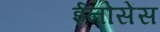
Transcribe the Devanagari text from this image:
ईनोसेंस